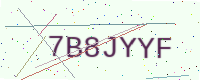
Text: 7B8JYYF